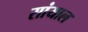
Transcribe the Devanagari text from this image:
सांयाल